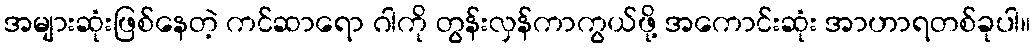
အများဆုံးဖြစ်နေတဲ့ ကင်ဆာရော ဂါကို တွန်းလှန်ကာကွယ်ဖို့ အကောင်းဆုံး အာဟာရတစ်ခုပါ။